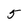
Character: 5